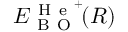
E _ { \mathrm { ~ B ~ O ~ } } ^ { \mathrm { ~ H ~ e ~ } ^ { + } } \! ( R )